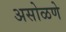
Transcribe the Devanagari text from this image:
असोळणे